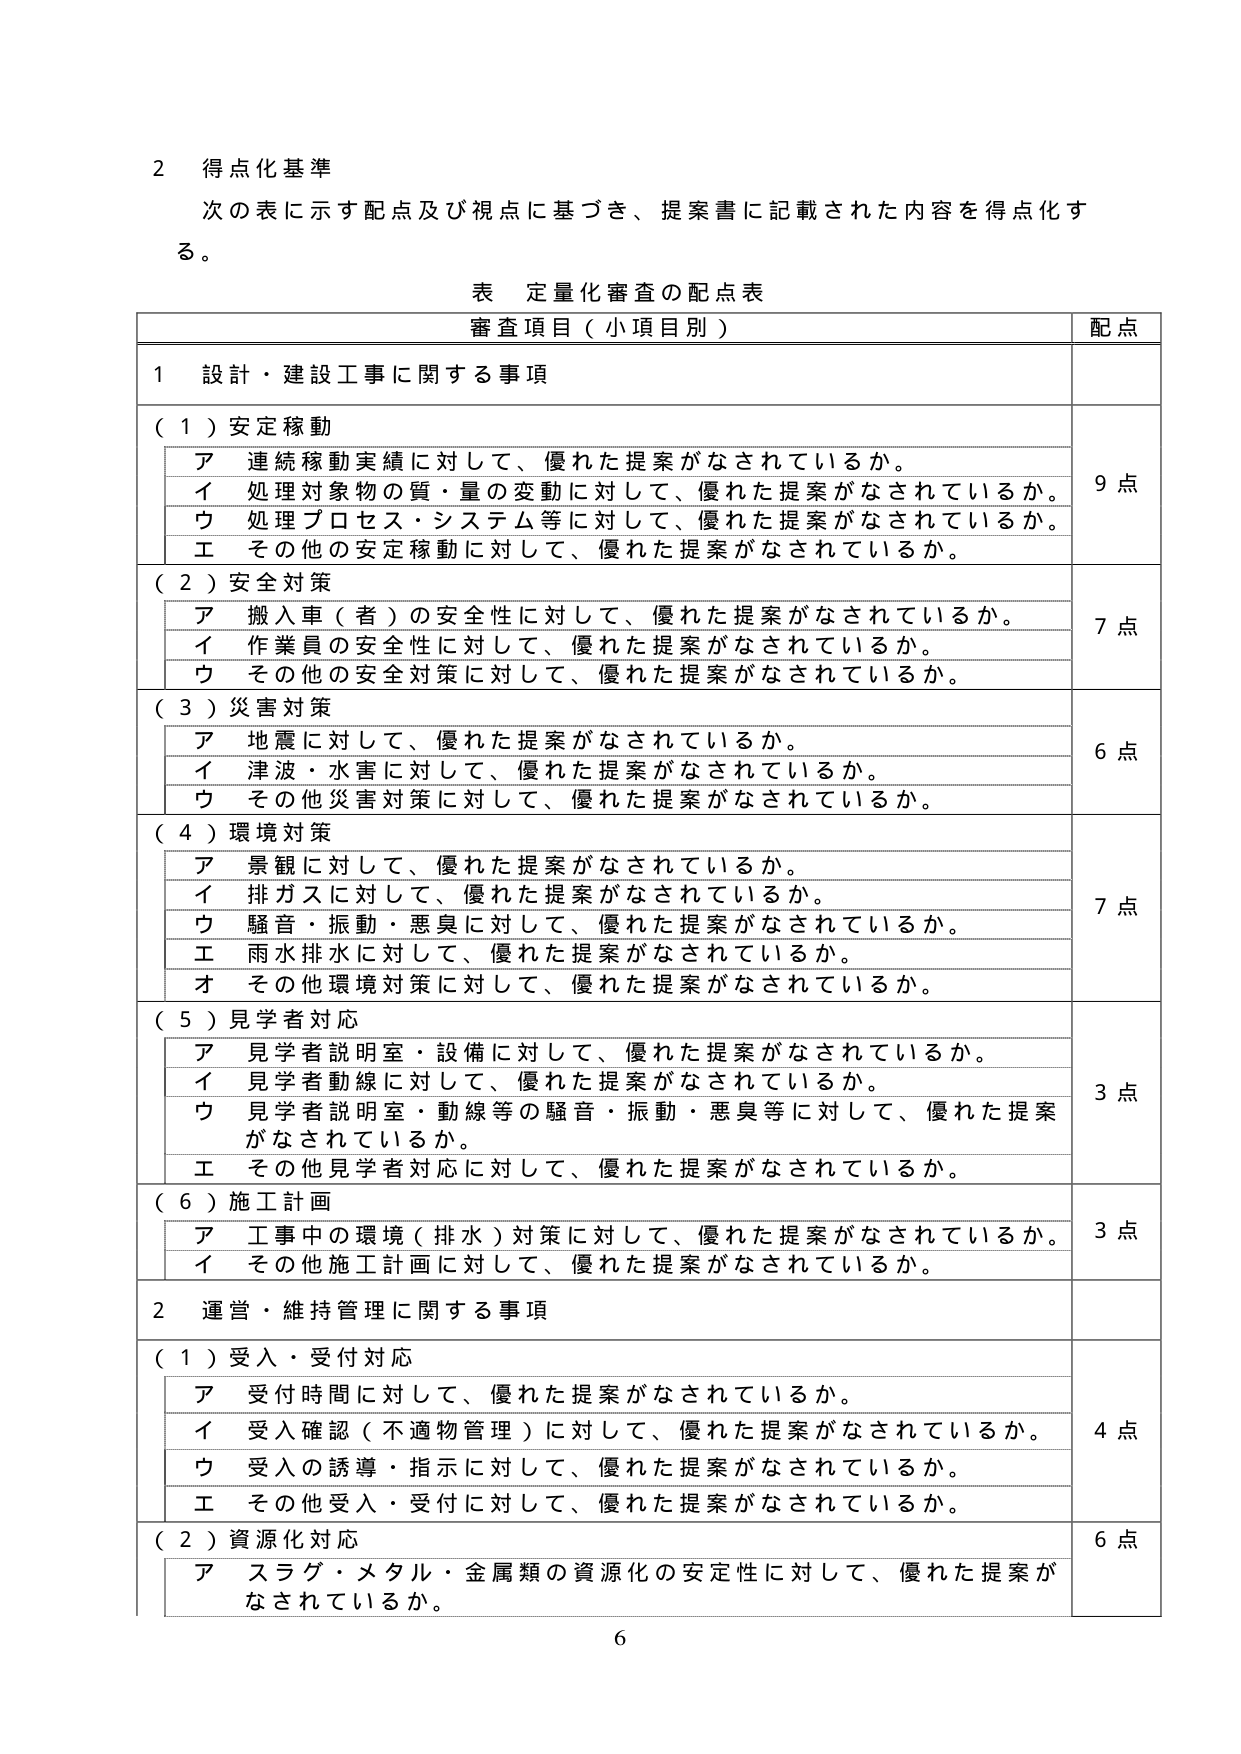
2 得点化基準
次の表に示す配点及び視点に基づき、提案書に記載された内容を得点化する。

表 定量化審査の配点表

審査項目（小項目別） 配点

1 設計・建設工事に関する事項

（1）安定稼動
ア 連続稼動実績に対して、優れた提案がなされているか。
イ 処理対象物の質・量の変動に対して、優れた提案がなされているか。
ウ 処理プロセス・システム等に対して、優れた提案がなされているか。
エ その他の安定稼動に対して、優れた提案がなされているか。
9点

（2）安全対策
ア 搬入車（者）の安全性に対して、優れた提案がなされているか。
イ 作業員の安全性に対して、優れた提案がなされているか。
ウ その他の安全対策に対して、優れた提案がなされているか。
7点

（3）災害対策
ア 地震に対して、優れた提案がなされているか。
イ 津波・水害に対して、優れた提案がなされているか。
ウ その他災害対策に対して、優れた提案がなされているか。
6点

（4）環境対策
ア 景観に対して、優れた提案がなされているか。
イ 排ガスに対して、優れた提案がなされているか。
ウ 騒音・振動・悪臭に対して、優れた提案がなされているか。
エ 雨水排水に対して、優れた提案がなされているか。
オ その他環境対策に対して、優れた提案がなされているか。
7点

（5）見学者対応
ア 見学者説明室・設備に対して、優れた提案がなされているか。
イ 見学者説明線に対して、優れた提案がなされているか。
ウ 見学者説明室・動線等の騒音・振動・悪臭等に対して、優れた提案がなされているか。
エ その他見学者対応に対して、優れた提案がなされているか。
3点

（6）施工計画
ア 工事中の環境（排水）対策に対して、優れた提案がなされているか。
イ その他施工計画に対して、優れた提案がなされているか。
3点

2 運営・維持管理に関する事項

（1）受入・受付対応
ア 受付時間に対して、優れた提案がなされているか。
イ 受入確認（不適物管理）に対して、優れた提案がなされているか。
ウ 受入の誘導・指示に対して、優れた提案がなされているか。
エ その他受入・受付に対して、優れた提案がなされているか。
4点

（2）資源化対応
ア スラグ・メタル・金属類の資源化の安定性に対して、優れた提案がなされているか。
6点

6